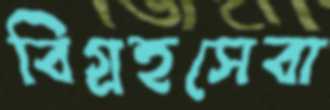
বিগ্রহসেবা